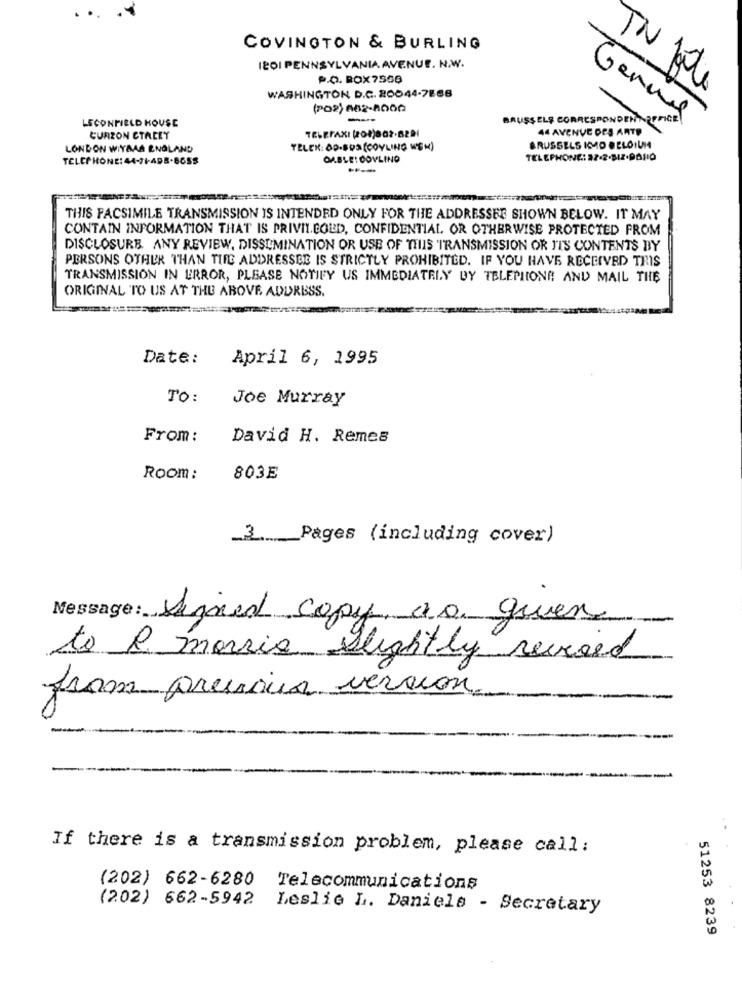
COVINGTON & BURLING
18OI PENNSYLVANIA AVENUE. N.W.
P.O. BOX7556
WASHINGTON D.C. 20044-7888
TN lite
(202) 662-8002
LECONFIELD HOUSE
-
BRUSSELS CORRESPONDEN
Genug
44 AVENUE DES ARTE
CURZON CTALEY
TELEFAXI (208)802-6291
LONDON WITBAS ENOLAND
TELEN:00-BOS (COYLING WEM)
BRUSSELS KMD @ ELOIUMA
TELEPHONE: 44-71-498-8655
OMBLE: COVLING
TELEPHONE: 27-2-BIZ-DAHI0
THIS FACSIMILE TRANSMISSION IS INTENDED ONLY FOR THE ADDRESSEE SHOWN BELOW. IT MAY
CONTAIN INFORMATION THAT IS PRIVILEGED, CONFIDENTIAL OR OTHERWISE PROTECTED FROM
DISCLOSURE ANY REVIEW, DISSEMINATION OR USE OF THIS TRANSMISSION OR TIS CONTENTS BY
PERSONS OTHER THAN THE ADDRESSEE IS STRICTLY PROHIBITED. IF YOU HAVE RECEIVED THIS
TRANSMISSION IN ERROR, PLEASE NOTIFY US IMMEDIATELY BY TELEPHONE AND MAIL THE
ORIGINAL TO US AT THE ABOVE ADDRESS.
Date:
April 6, 1995
TO :
Joe Murray
From:
David H. Remes
Room:
803E
3_Pages (including cover)
Message : Signed Copy, ao guen
to R. morris slightly revised
from previous version
..
If there is a transmission problem, please call:
(202) 662-6280
Telecommunications
(202) 662-5942
Leslie L. Daniels - Secretary
51253 8239